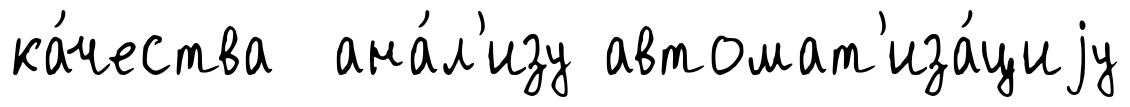
ка́чества ана́л'изу автомат'иза́циjу